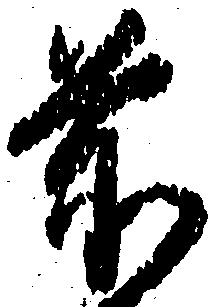
前